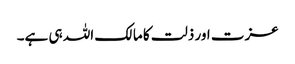
عزت اور ذلت کا مالک اللہ ہی ہے۔